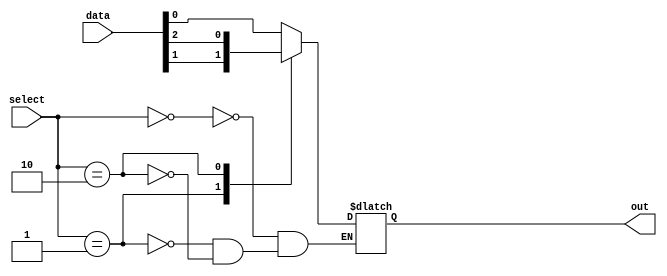
module mux_256to1 (
    input [255:0] data,
    input [7:0] select,
    output reg out
);

always @* begin
    case(select)
        8'b00000000: out = data[0];
        8'b00000001: out = data[1];
        8'b00000010: out = data[2];
        // continue with remaining cases up to 8'b11111111
    endcase
end

endmodule